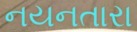
નયનતારા